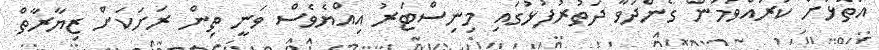
އަތޮޅަށް ކުރައްވަމުން ގެންދަވާ ދަތުރުފުޅުގައި މިނިސްޓަރު އިއްޔެވެސް ވަނީ ތިން ރަށަކަށް ޒިޔާރާތް